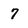
Character: 7